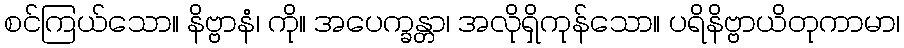
စင်ကြယ်သော။ နိဗ္ဗာနံ၊ ကို။ အပေက္ခန္တာ၊ အလိုရှိကုန်သော။ ပရိနိဗ္ဗာယိတုကာမာ၊